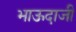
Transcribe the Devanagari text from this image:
भाऊदाजी